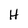
Character: H